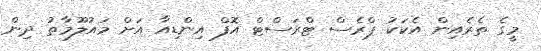
މީގެ ތެރެއިން އެކަކު ޕްރެސް ޓްރަސްޓް އޮފް އިންޑިއާ އަށް މައުލޫމާތު ދިން